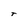
Character: T